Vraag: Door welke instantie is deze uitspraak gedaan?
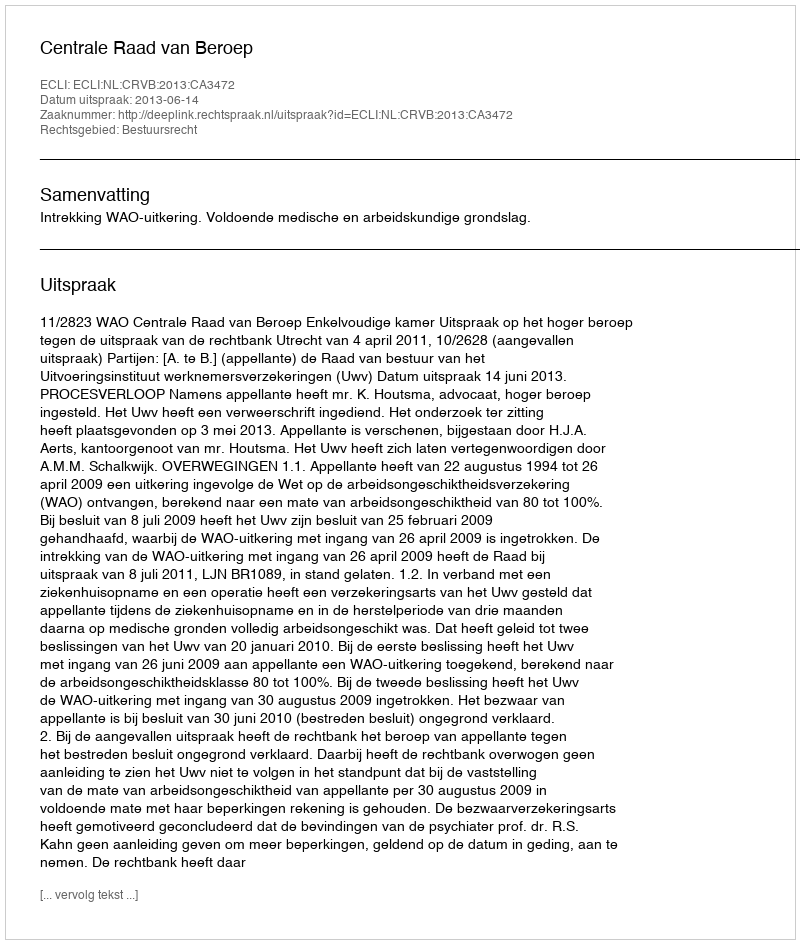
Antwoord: Centrale Raad van Beroep